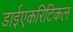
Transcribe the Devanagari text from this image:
डाईएकरिटिकल